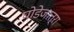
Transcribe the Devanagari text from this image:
घोडेजात्रा